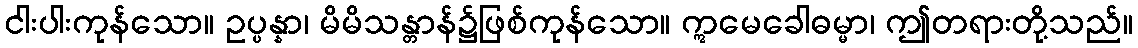
ငါးပါးကုန်သော။ ဥပ္ပန္နာ၊ မိမိသန္တာန်၌ဖြစ်ကုန်သော။ ဣမေခေါဓမ္မာ၊ ဤတရားတို့သည်။